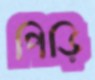
পিড়ি